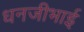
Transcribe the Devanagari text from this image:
धनजीभाई